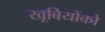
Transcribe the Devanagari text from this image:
खूबियोंको